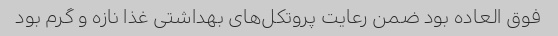
فوق العاده بود ضمن رعایت پروتکل‌های بهداشتی غذا نازه و گرم بود